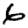
Digit: 6